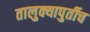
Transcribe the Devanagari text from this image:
तालुक्यापुर्तीच